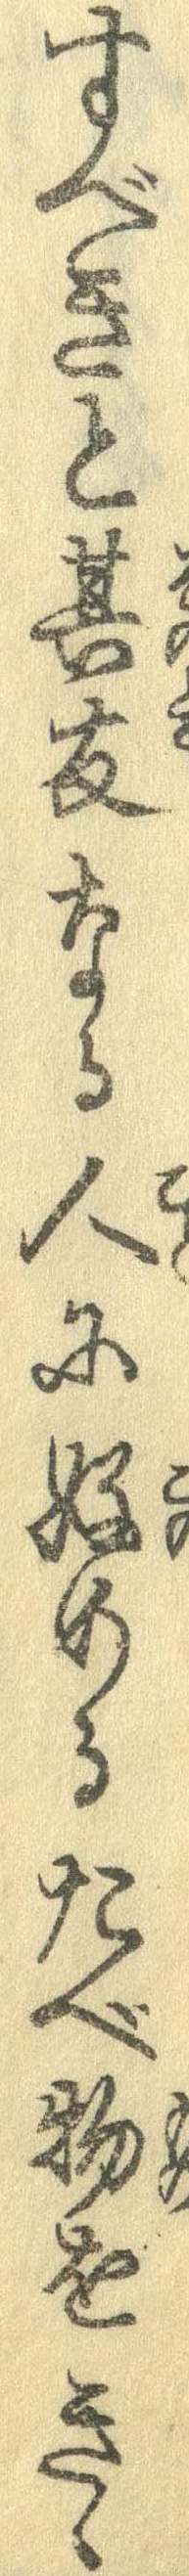
すべきと其友なる人に好めるたべ物をきゝ